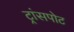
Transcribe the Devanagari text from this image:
ट्रांसपोट